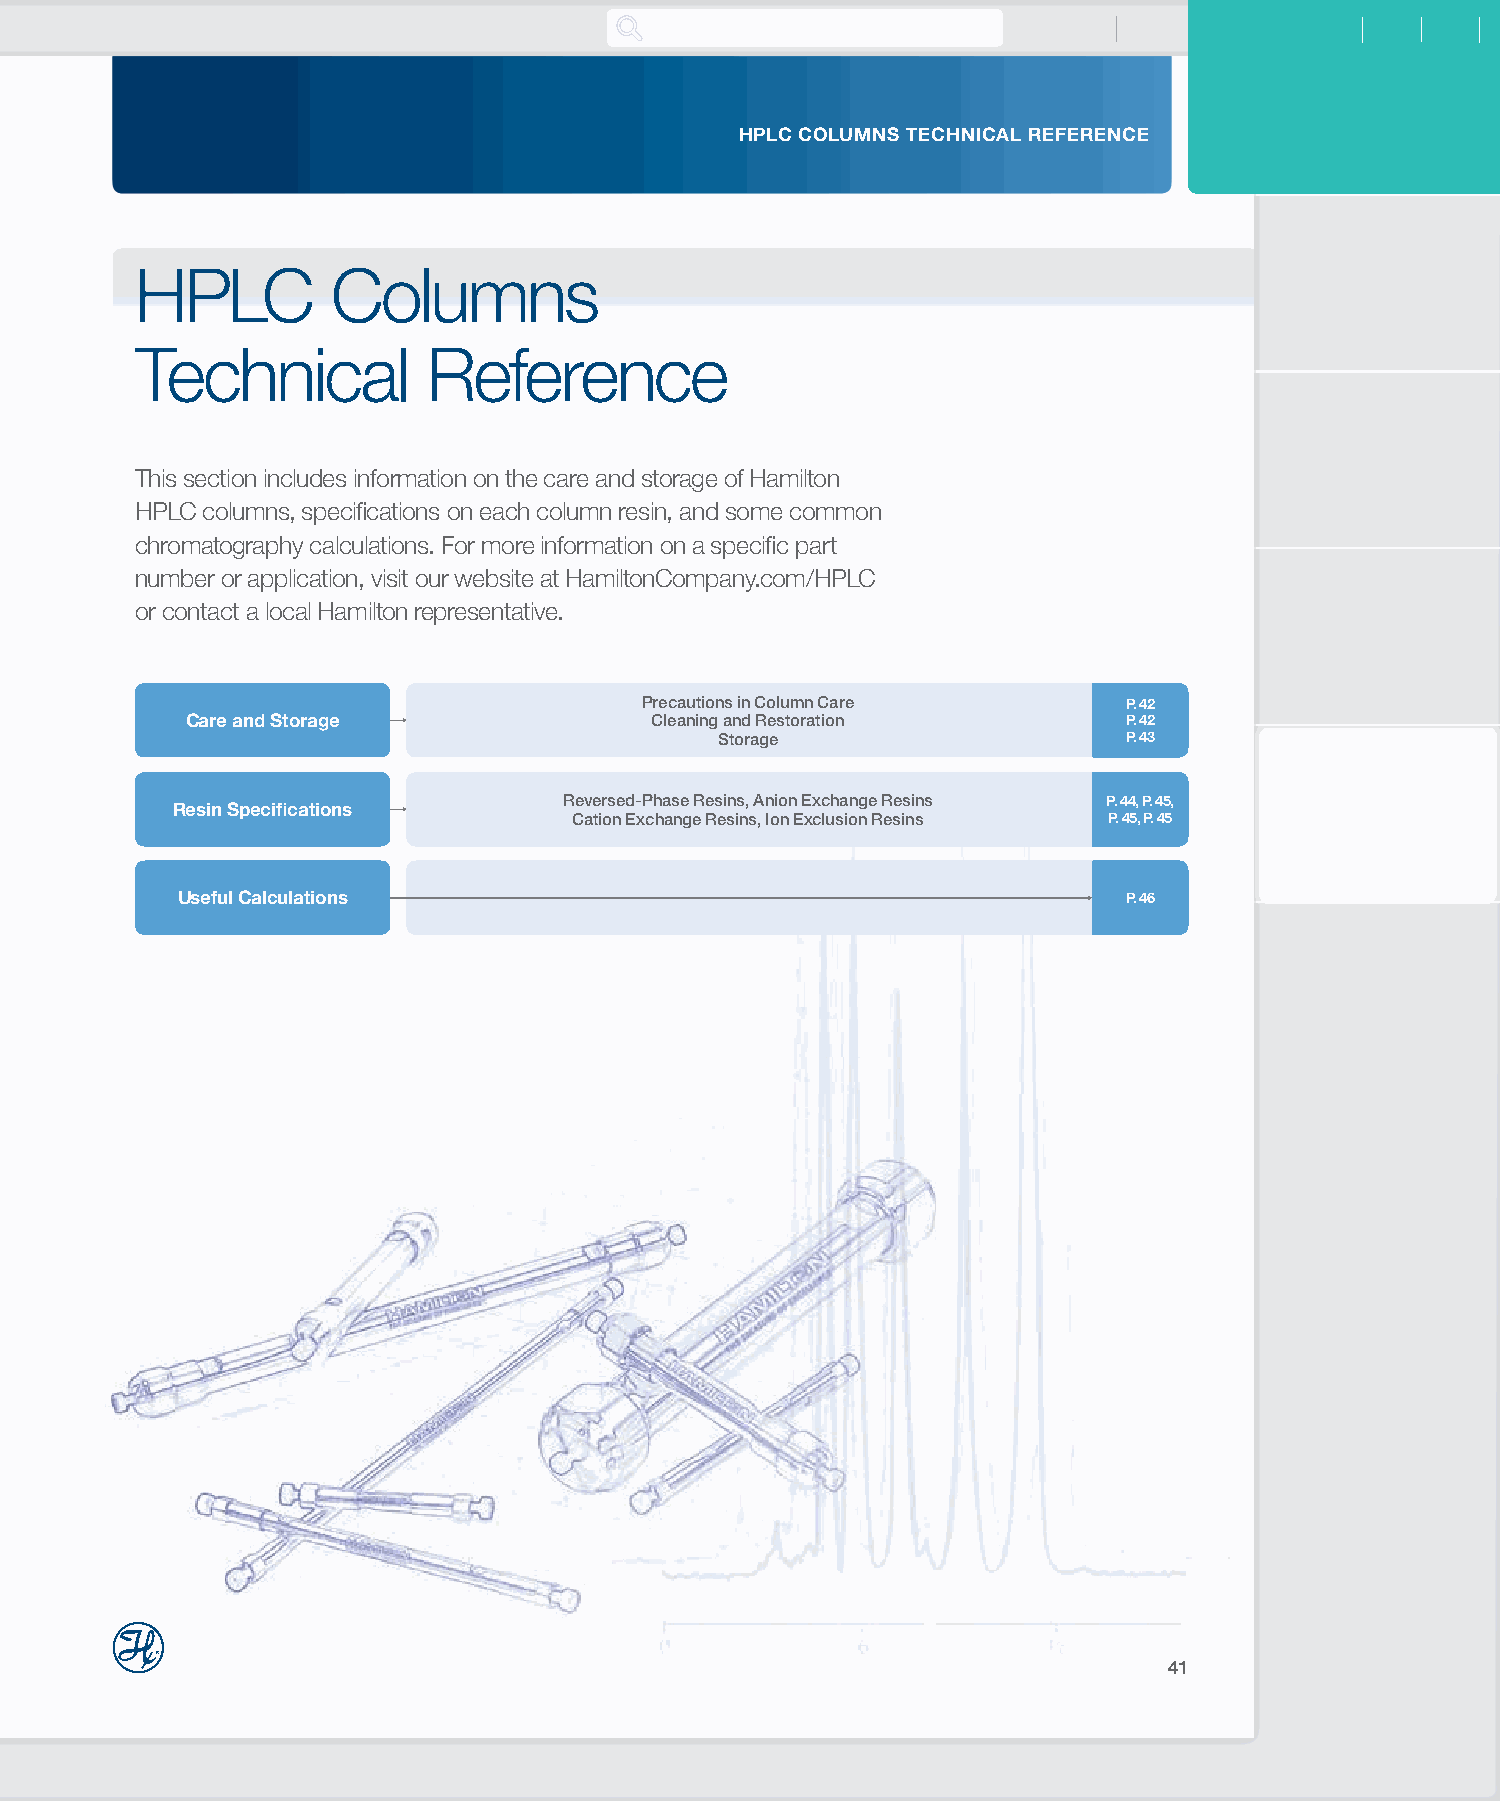
HPLC COLUMNS TECHNICAL REFERENCE
 HPLC         Columns
 Technical          Reference
 This section includes information on the care and storage of Hamilton
 HPLC columns, specifications on each column resin, and some common
 chromatography calculations. For more information on a specific part
 number or application, visit our website at HamiltonCompany.com/HPLC
 or contact a local Hamilton representative.
 Precautions in Column Care       P. 42
 Care and Storage               Cleaning and Restoration        P. 42
 Storage                    P. 43
 Reversed-Phase Resins, Anion Exchange Resins P. 44, P. 45,
 Resin Specifications
 Cation Exchange Resins, Ion Exclusion Resins P. 45, P. 45
 Useful Calculations                                            P. 46
 41